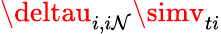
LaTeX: \deltau_{i,i\mathcal{N}}\simv_{ti}